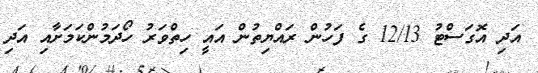
އަދި އޮގަސްޓު 12/13 ގެ ފަހުން ރައްޔިތުން އައީ ހިތްވަރު ހޯދަމުންކަމަށާއި އަދި